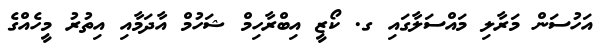
އަހުސަން މަރާލި މައްސަލާގައި ގ. ކޯޒީ އިބްރާހިމް ޝަހުމް އާދަމާއި އިތުރު މީހެއްގެ